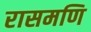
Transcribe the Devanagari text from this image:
रासमणि